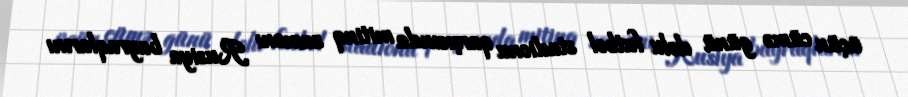
üçün cümə günü dolu futbol stadionu qarşısında mitinq zamanı Rusiya bayraqlarını